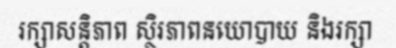
រក្សាសន្តិភាព ស្ថិរភាពនយោបាយ និងរក្សា